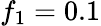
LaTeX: f_{1}=0.1